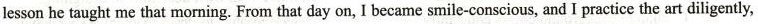
lesson he taught me that morning.From that day on,I became smile-conscious, and I practice the art diligently